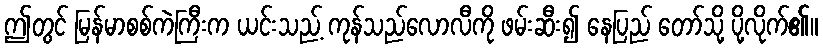
ဤတွင် မြန်မာစစ်ကဲကြီးက ယင်းသည့် ကုန်သည်လောလီကို ဖမ်းဆီး၍ နေပြည် တော်သို့ ပို့လိုက်၏။